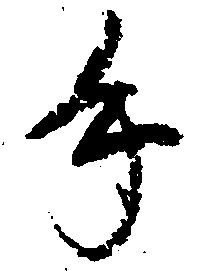
手